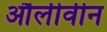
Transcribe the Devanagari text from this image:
औलीवीन